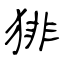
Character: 猅